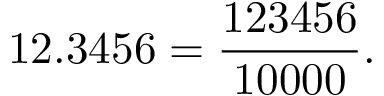
1 2 . 3 4 5 6 = { \frac { 1 2 3 4 5 6 } { 1 0 0 0 0 } } .